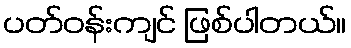
ပတ်ဝန်းကျင် ဖြစ်ပါတယ်။